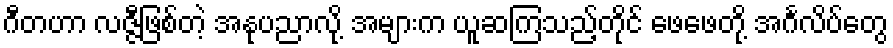
ဂီတဟာ လဇ္ဇီဖြစ်တဲ့ အနုပညာလို့ အများက ယူဆကြသည့်တိုင် ဖေဖေတို့ အင်္ဂလိပ်တွေ